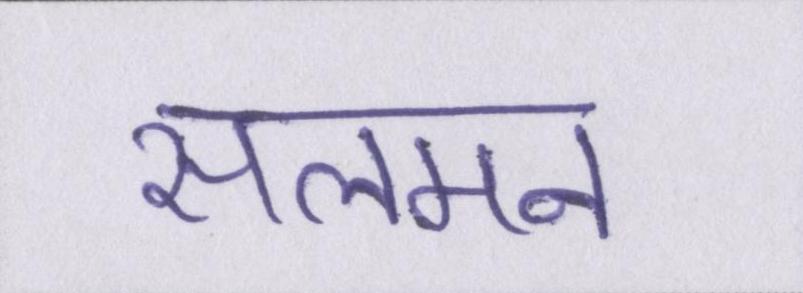
सलमन